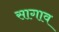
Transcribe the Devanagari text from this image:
सागाव